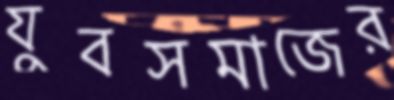
যুবসমাজের